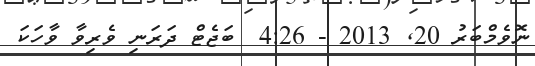
ނޮވެމްބަރު 20